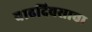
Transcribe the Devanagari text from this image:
वाढदिवसाचा